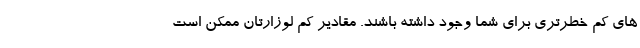
های کم خطرتری برای شما وجود داشته باشند. مقادیر کم لوزارتان ممکن است